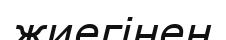
жиегінен